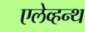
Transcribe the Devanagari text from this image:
एलेव्हन्थ